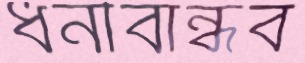
ধনীবান্ধব